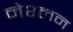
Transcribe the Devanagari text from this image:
नेश्लन